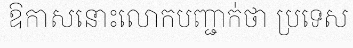
ឱកាសនោះលោកបញ្ជាក់ថា ប្រទេស